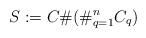
LaTeX: \begin{align*}S := C \# (\#_{q=1}^n C_q)\end{align*}